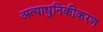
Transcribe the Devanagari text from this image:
अत्याधुनिकीकरण